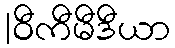
|ဝီကီမီဒီယာ